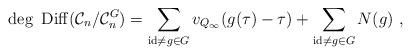
LaTeX: \begin{align*} \deg\ {\rm Diff}(\mathcal C_n/\mathcal C_n^G)=\sum_{{\rm id}\neq g \in G} v_{Q_{\infty}}(g(\tau)-\tau)+\sum_{{\rm id}\neq g \in G} N(g) \ ,\end{align*}